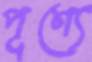
পূণ্যে